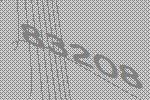
83208